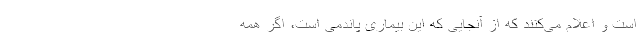
است و اعلام می‌کنند که از آنجایی که این بیماری پاندمی است، اگر همه